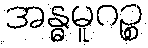
အန္ဓမူဂဉ္စ